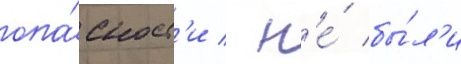
опа́сност'и / н'е́ бы́л'и